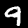
Label: 9